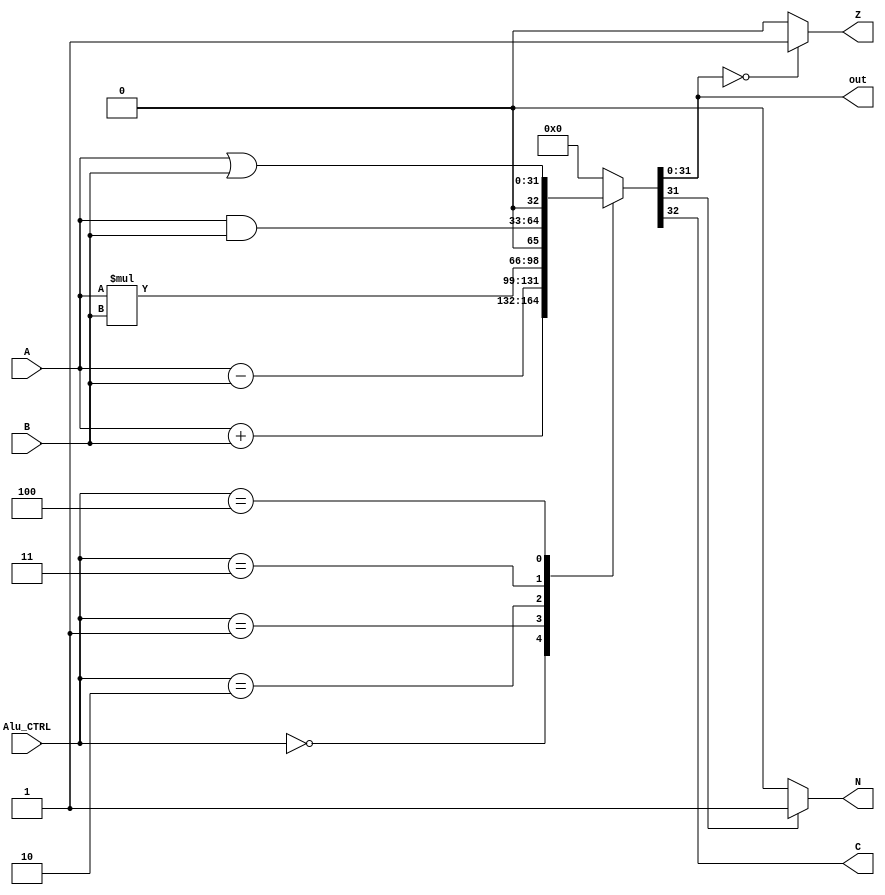

module ALU(
		input [31:0] A, B,
		input [2:0]  Alu_CTRL,
		output reg  C, Z, N,
		output reg [31:0] out 
		);

always @*
	case (Alu_CTRL)
		3'b000: {C,out} = A + B; 			
		3'b001: {C,out} = A - B;
		3'b010: {C,out} = A * B;
		3'b011: {C,out} = A & B;
		3'b100: {C,out} = A | B;
		default: {C,out} = {1'b0,32'b0};
	endcase
	
always @*
begin
	
	if (out == 32'b0)
	
		Z = 1'b1;
		
	else
	
		Z = 1'b0;
		
	if (out[31]==1)
		begin
		N= 1'b1;
		end
	else
		begin
		N= 1'b0;
		end
	
end

endmodule